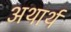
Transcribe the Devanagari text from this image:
अथार्थ